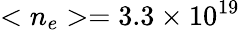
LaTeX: <n_{e}>=3.3\times 10^{19}